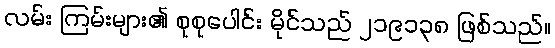
လမ်း ကြမ်းများ၏ စုစုပေါင်း မိုင်သည် ၂၁၉၁၃၈ ဖြစ်သည်။